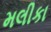
મલીકા